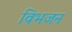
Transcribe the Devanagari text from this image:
विभजन